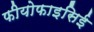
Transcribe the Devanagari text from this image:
फीयोफाइसिई